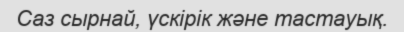
Саз сырнай, үскірік және тастауық.